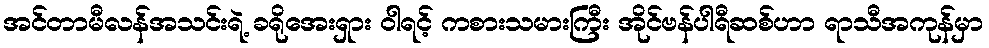
အင်တာမီလန်အသင်းရဲ့ ခရိုအေးရှား ဝါရင့် ကစားသမားကြီး အိုင်ဗန်ပါရီဆစ်ဟာ ရာသီအကုန်မှာ